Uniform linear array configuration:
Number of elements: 16
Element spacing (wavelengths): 0.25
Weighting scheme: hamming
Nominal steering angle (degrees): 45
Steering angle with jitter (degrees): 45.833
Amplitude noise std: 0.05
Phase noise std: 0.05

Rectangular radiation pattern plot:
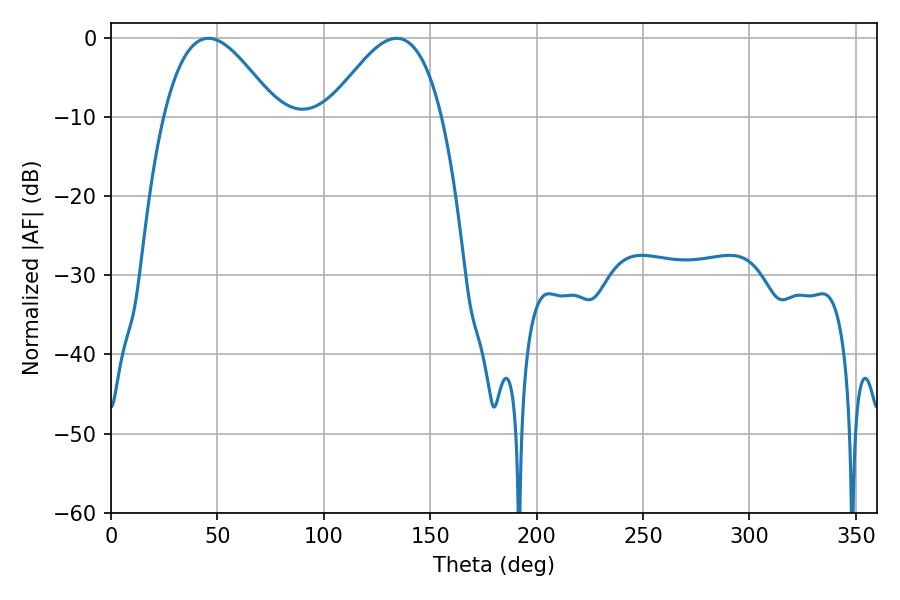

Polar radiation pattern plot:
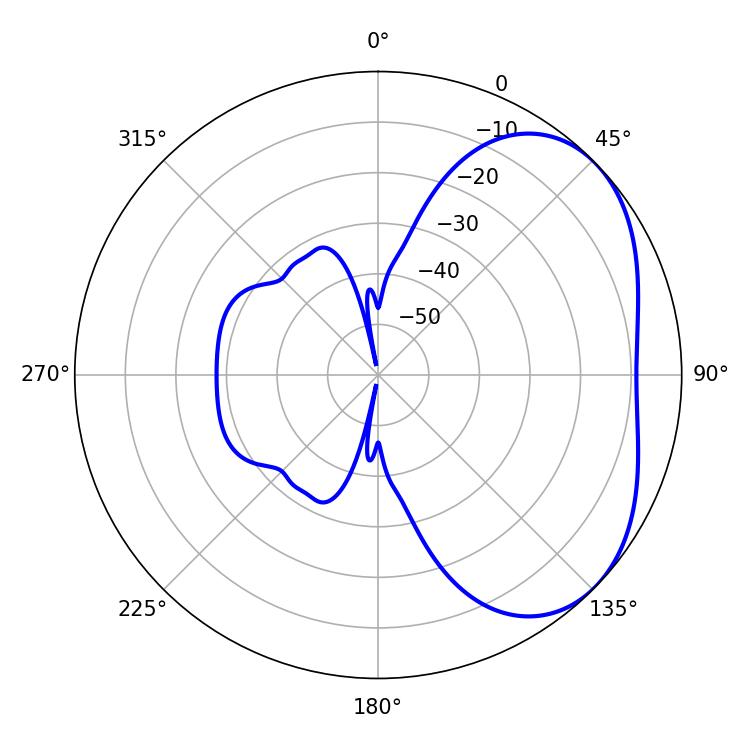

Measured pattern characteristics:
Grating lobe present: FALSE
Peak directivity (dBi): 3.71
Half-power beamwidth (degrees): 28.8
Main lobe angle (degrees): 45.72